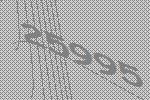
25995